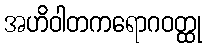
အဟိဝါတကရောဂဝတ္ထု